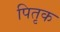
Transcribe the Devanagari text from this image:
पितृक